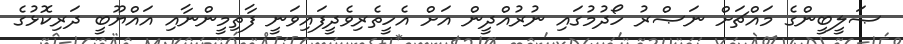
ޞަލީބީންގެ މައްޗަށް ނަޞްރު ހޯދުމުގައި ނުރުއްދީން އަށް އެހީތެރިވެދީފައިވަނީ ފާތިމީންނާއި އައްޔޫބީ ދަރިކޮޅުގެ